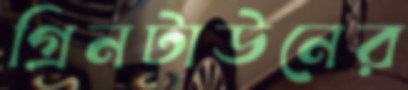
গ্রিনটাউনের